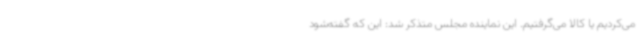
می‌کردیم یا کالا می‌گرفتیم. این نماینده مجلس متذکر شد: این که گفته‌شود